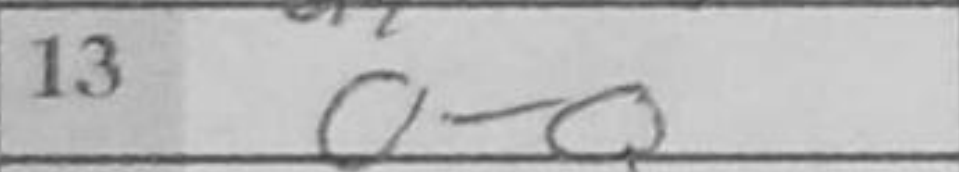
Transcription: O-O